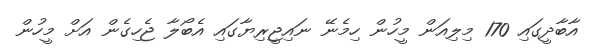
އާބާދީގައި 170 މިލިއަން މީހުން ހިމެނޭ ނައިޖީރިޔާގައި އެބޯލާ ޖެހިގެން އަށް މީހުން